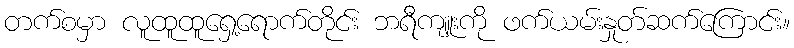
တက်စမှာ လူထူထူရှေ့ရောက်တိုင်း ဘရီကျူးကို ဖက်ယမ်းနှုတ်ဆက်ကြောင်း။